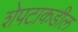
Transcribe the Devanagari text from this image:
शेपटाकडील